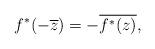
LaTeX: \begin{align*}f^*(-\overline{z})=-\overline{f^*(z)},\end{align*}